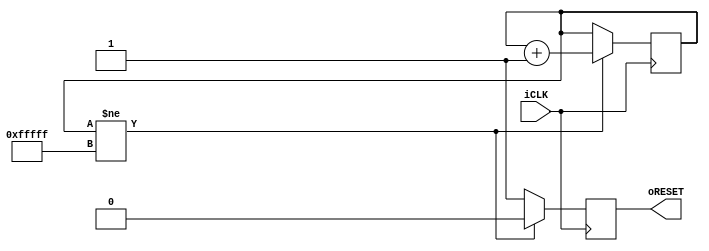
//------------------------------------//
//       CIRCUITOS LGICOS 2          //
//        AULA PRTICA: LCD           //
//            EXEMPLO 02              //
//                                    //
//          EUDISLEY ANJOS            //
//       CENTRO DE INFORMTICA        //
//  UNIVERSIDADE FEDERAL DA PARABA   //
//------------------------------------//

module Reset_Delay( input iCLK, output reg oRESET);
reg    [19:0]    Cont;

always@(posedge iCLK)
begin
    if(Cont!=20'hFFFFF)
    begin
        Cont    <=    Cont + 1'b1;
        oRESET    <=    1'b0;
    end
    else
    oRESET    <=    1'b1;
end

endmodule